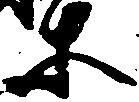
等